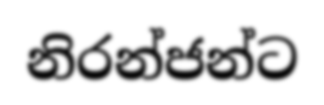
නිරන්ජන්ට